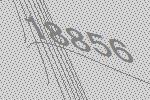
18856